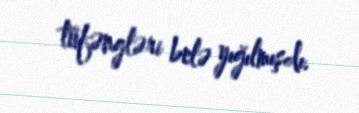
tüfəngləri belə yığılmışdı.